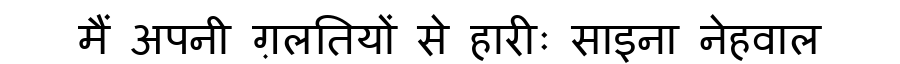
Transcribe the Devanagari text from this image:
मैं अपनी ग़लतियों से हारीः साइना नेहवाल